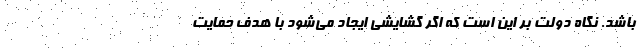
باشد. نگاه دولت بر این است که اگر گشایشی ایجاد می‌شود با هدف حمایت